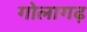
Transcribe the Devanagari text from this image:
गोलागढ़